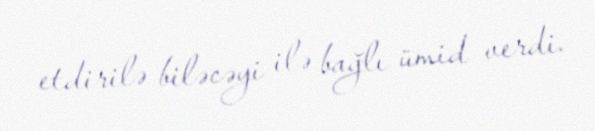
etdirilə biləcəyi ilə bağlı ümid verdi.